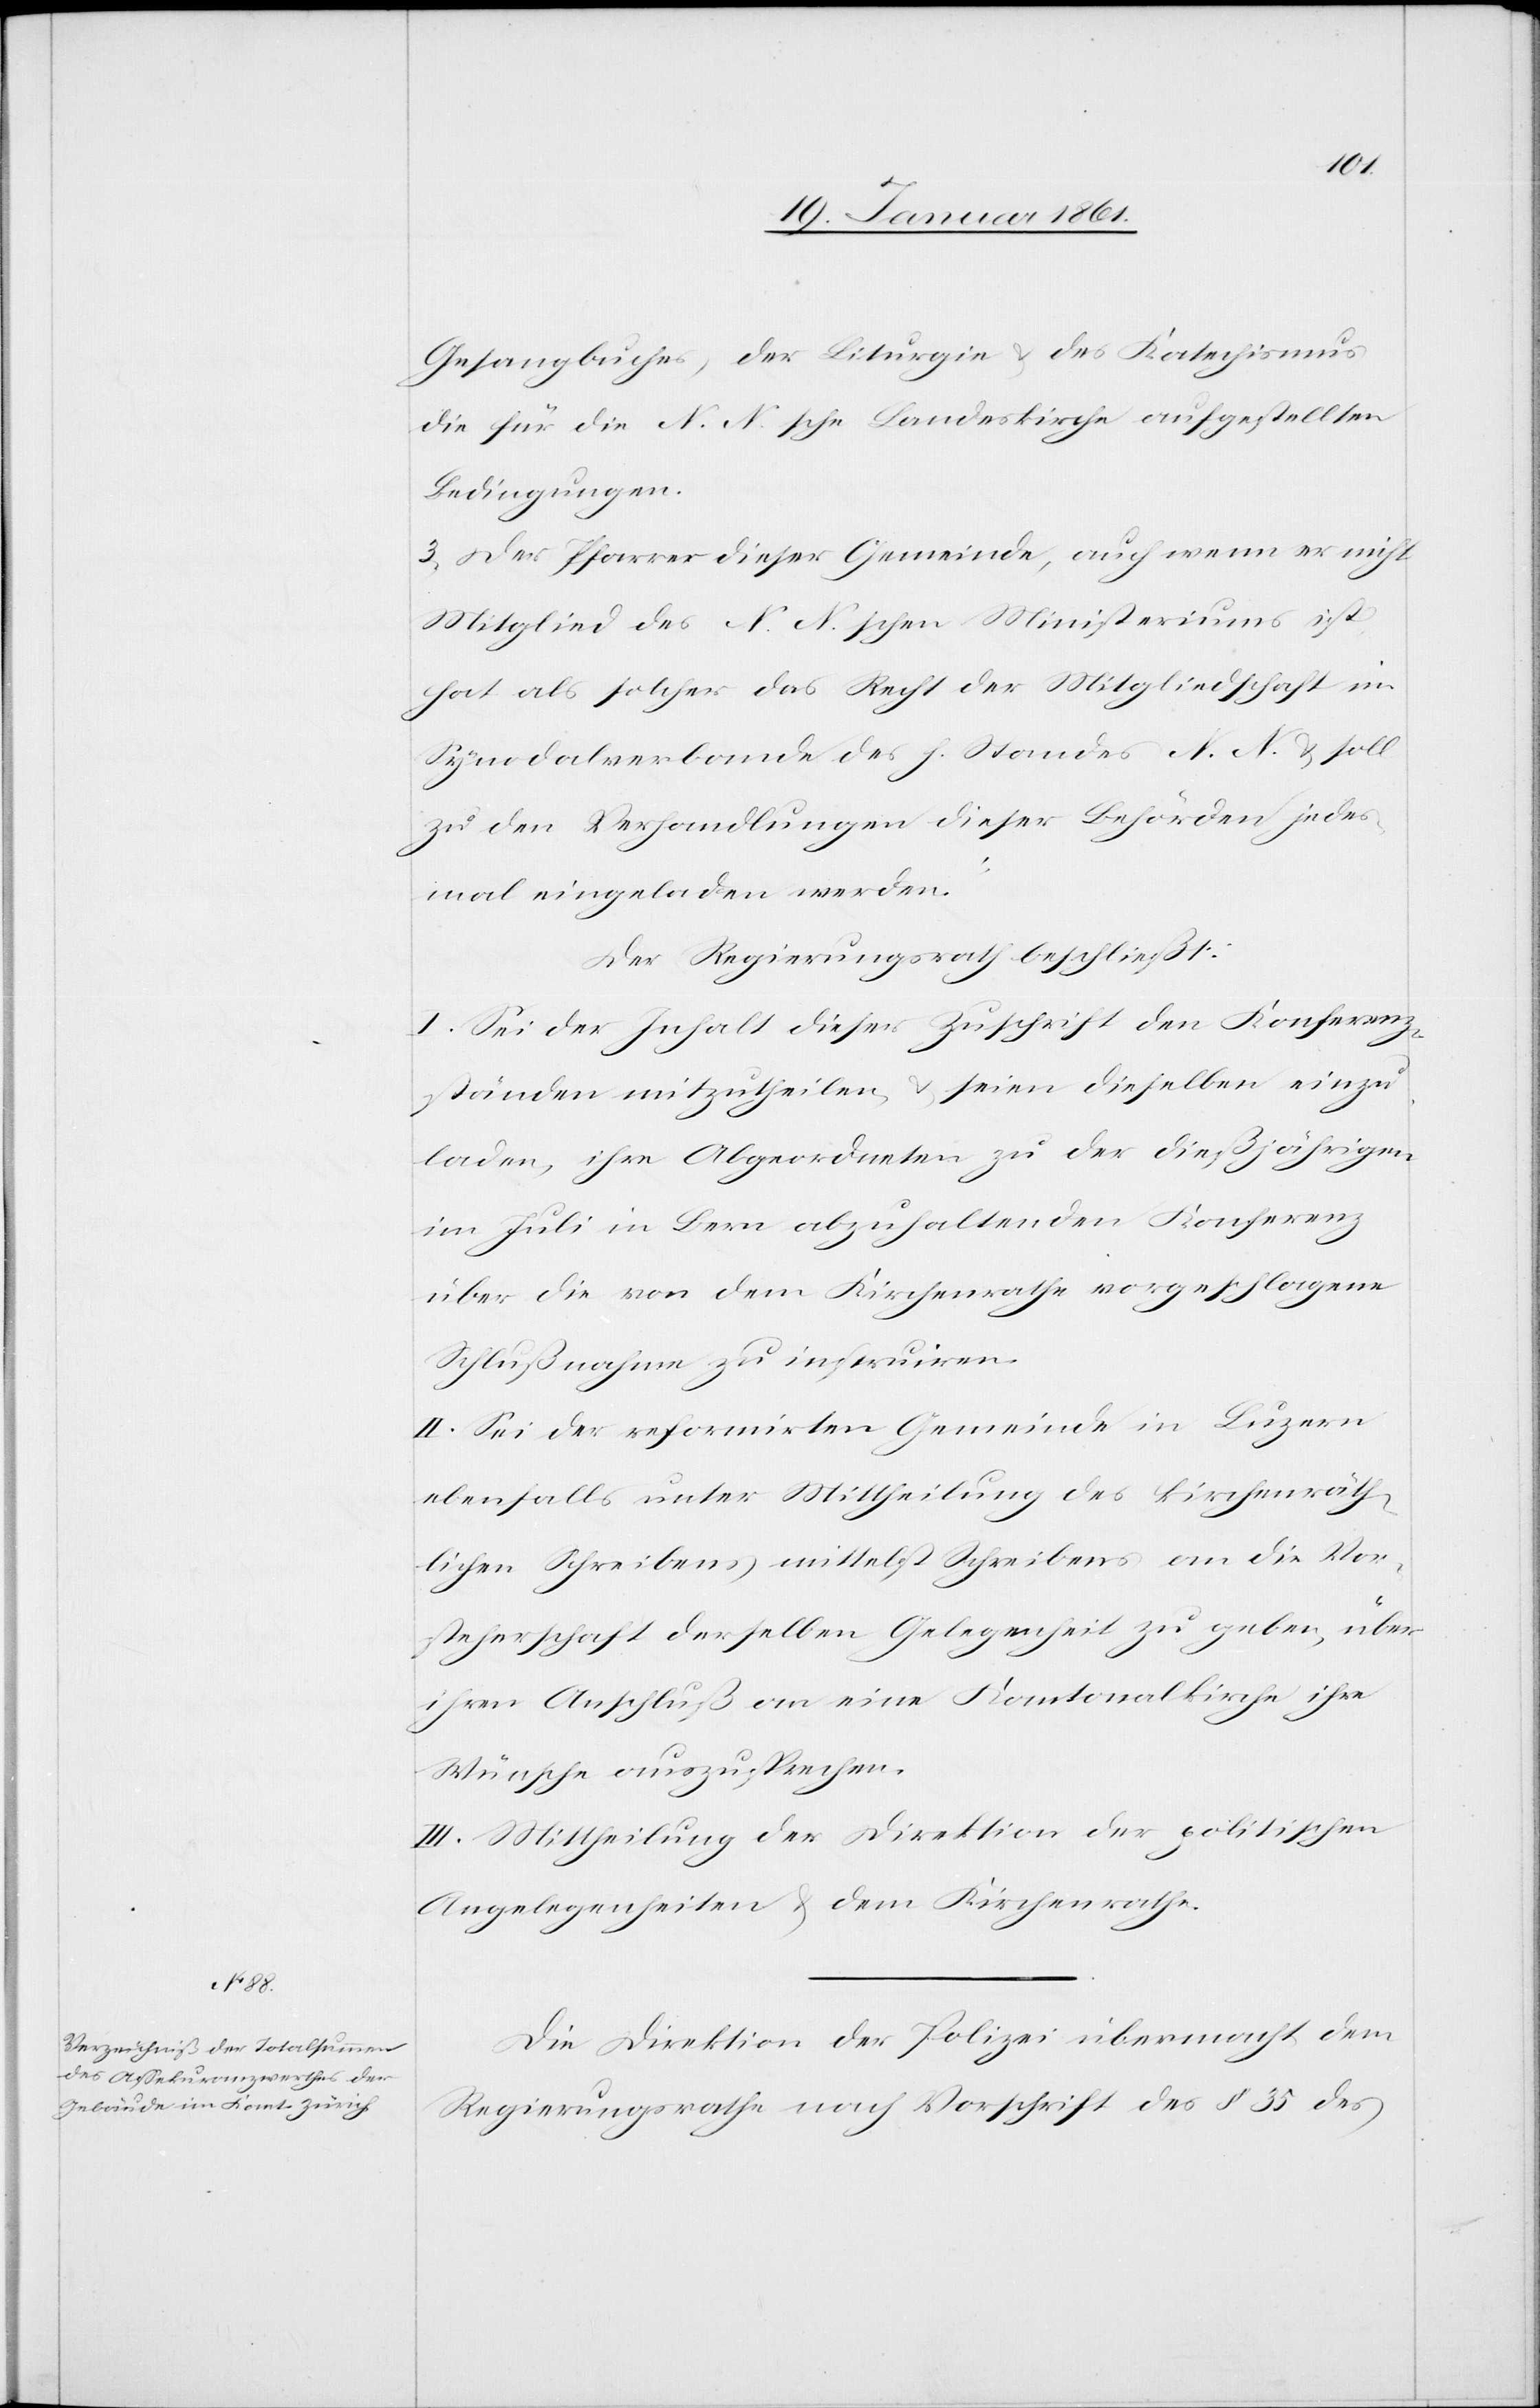
Gesangbuches, der Liturgie u. des Katechismus
die für die N. N.sche Landeskirche aufgestellten
Bedingungen.
III.] Der Pfarrer dieser Gemeinde, auch wenn er nicht
Mitglied des N. N.schen Ministeriums ist,
hat als solcher das Recht der Mitgliedschaft im
Synodalverbande des h. Standes N. N. u. soll
zu den Verhandlungen dieser Behörden jedes¬
mal eingeladen werden.“
Der Regierungsrath beschließt:
I. Sei der Inhalt dieser Zuschrift den Konferenz¬
ständen mitzutheilen u. seien dieselben einzu¬
laden, ihre Abgeordneten zu der dießjährigen
im Juli in Bern abzuhaltenden Konferenz
über die von dem Kirchenrathe vorgeschlagene
Schlußnahme zu instruiren.
II. Sei der reformirten Gemeinde in Luzern
ebenfalls unter Mittheilung des Kirchenräth¬
lichen Schreibens mittelst Schreibens an die Vor¬
steherschaft derselben Gelegenheit zu geben, über
ihren Anschluß an eine Kantonalkirche ihre
Wünsche auszusprechen.
III. Mittheilung der Direktion der politischen
Angelegenheiten u. dem Kirchenrathe.
Die Direktion der Polizei übermacht dem
Regierungsrathe nach Vorschrift des §. 35 des